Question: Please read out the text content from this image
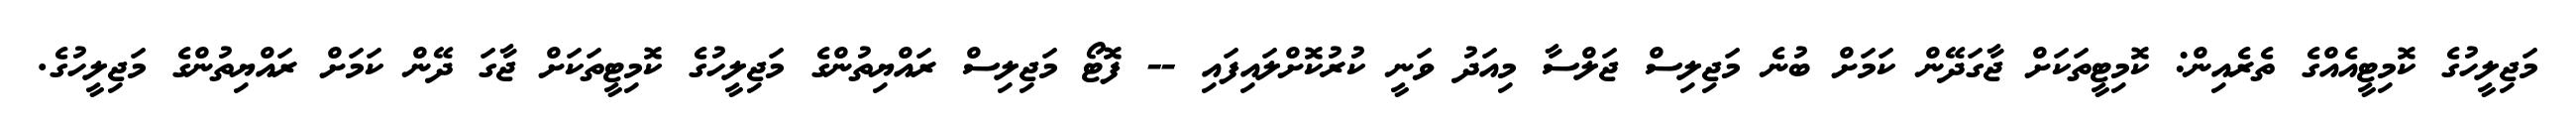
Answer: މަޖިލީހުގެ ކޮމިޓީއެއްގެ ތެރެއިން: ކޮމިޓީތަކަށް ޖާގަދޭން ކަމަށް ބުނެ މަޖިލިސް ޖަލްސާ މިއަދު ވަނީ ކުރުކޮށްލައިފައި -- ފޮޓޯ މަޖިލިސް ރައްޔިތުންގެ މަޖިލީހުގެ ކޮމިޓީތަކަށް ޖާގަ ދޭން ކަމަށް ރައްޔިތުންގެ މަޖިލީހުގެ.